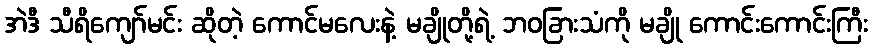
အဲဒီ သီရိကျော်မင်း ဆိုတဲ့ ကောင်မလေးနဲ့ မချိုတို့ရဲ့ ဘဝခြားသံကို မချို ကောင်းကောင်းကြီး